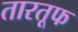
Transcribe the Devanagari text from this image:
तारतूफ